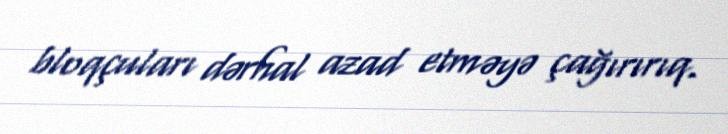
bloqçuları dərhal azad etməyə çağırırıq.